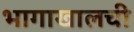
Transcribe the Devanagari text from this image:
भागाखालची